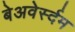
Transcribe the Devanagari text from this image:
बेअवेर्स्दम